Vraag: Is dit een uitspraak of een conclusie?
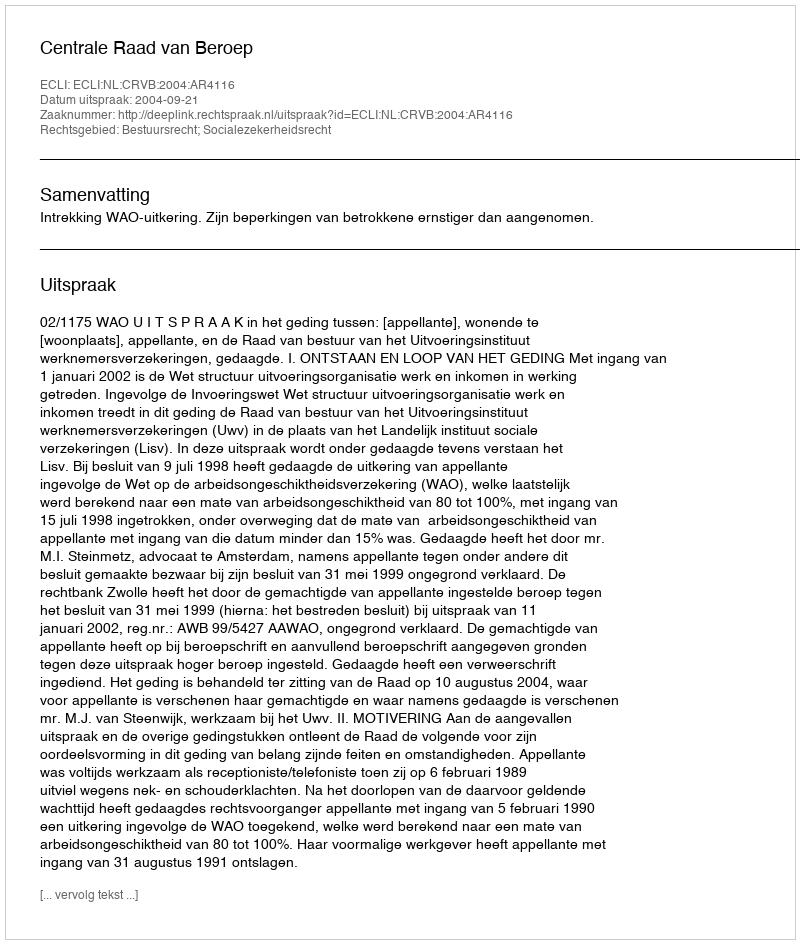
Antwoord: Uitspraak